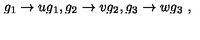
g _ { 1 } \rightarrow u g _ { 1 } , g _ { 2 } \rightarrow v g _ { 2 } , g _ { 3 } \rightarrow w g _ { 3 } \ ,